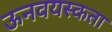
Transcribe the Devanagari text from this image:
ऊनवयस्कता